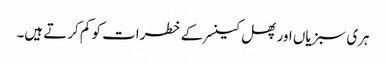
ہری سبزیاں اور پھل کینسر کے خطرات کو کم کرتے ہیں۔